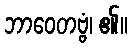
ဘာဝေတဗ္ဗံ၊ ၏။